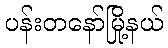
ပန်းတနော်မြို့နယ်